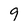
Character: 9